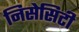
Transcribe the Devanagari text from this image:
निसेसिटी